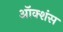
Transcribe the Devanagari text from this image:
ऑक्शंस